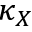
\kappa _ { X }